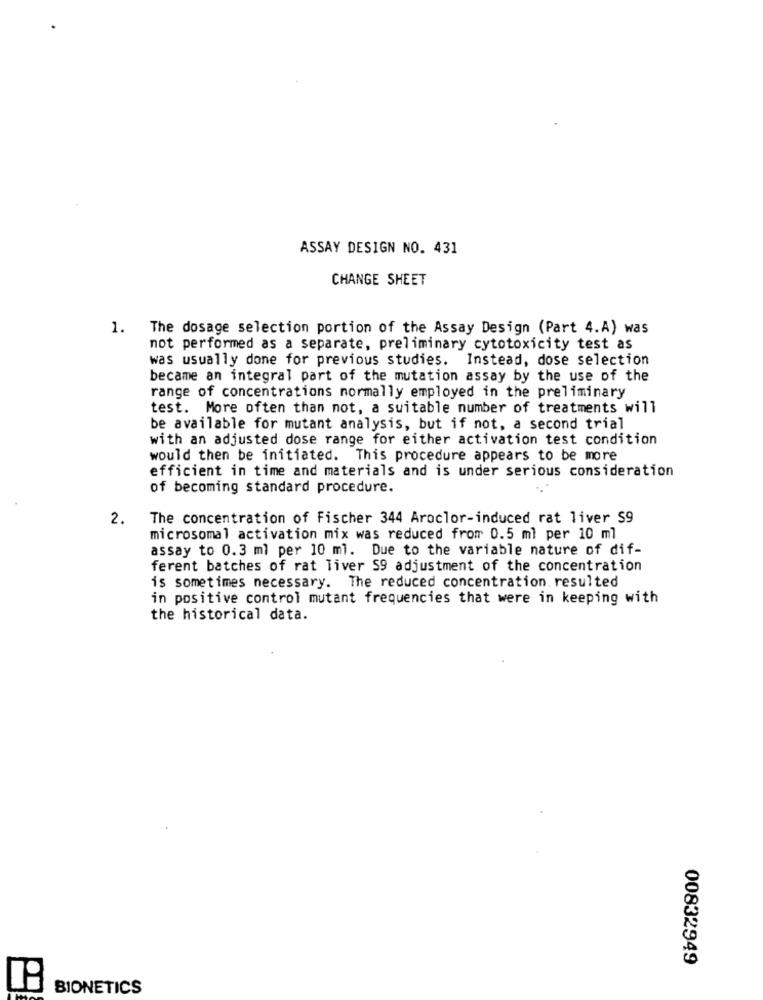
ASSAY DESIGN NO. 431
CHANGE SHEET
1. The dosage selection portion of the Assay Design (Part 4.A) was
not performed as a separate, preliminary cytotoxicity test as
was usually done for previous studies. Instead, dose selection
became an integral part of the mutation assay by the use of the
range of concentrations normally employed in the preliminary
test. More often than not, a suitable number of treatments will
be available for mutant analysis, but if not, a second trial
with an adjusted dose range for either activation test condition
would then be initiated. This procedure appears to be more
efficient in time and materials and is under serious consideration
of becoming standard procedure.
2.
The concentration of Fischer 344 Aroclor-induced rat liver S9
microsomal activation mix was reduced from 0.5 ml per 10 ml
assay to 0.3 ml per 10 ml. Due to the variable nature of dif-
ferent batches of rat Tiver 59 adjustment of the concentration
is sometimes necessary. The reduced concentration. resulted
in positive control mutant frequencies that were in keeping with
the historical data.
00832949
BIONETICS